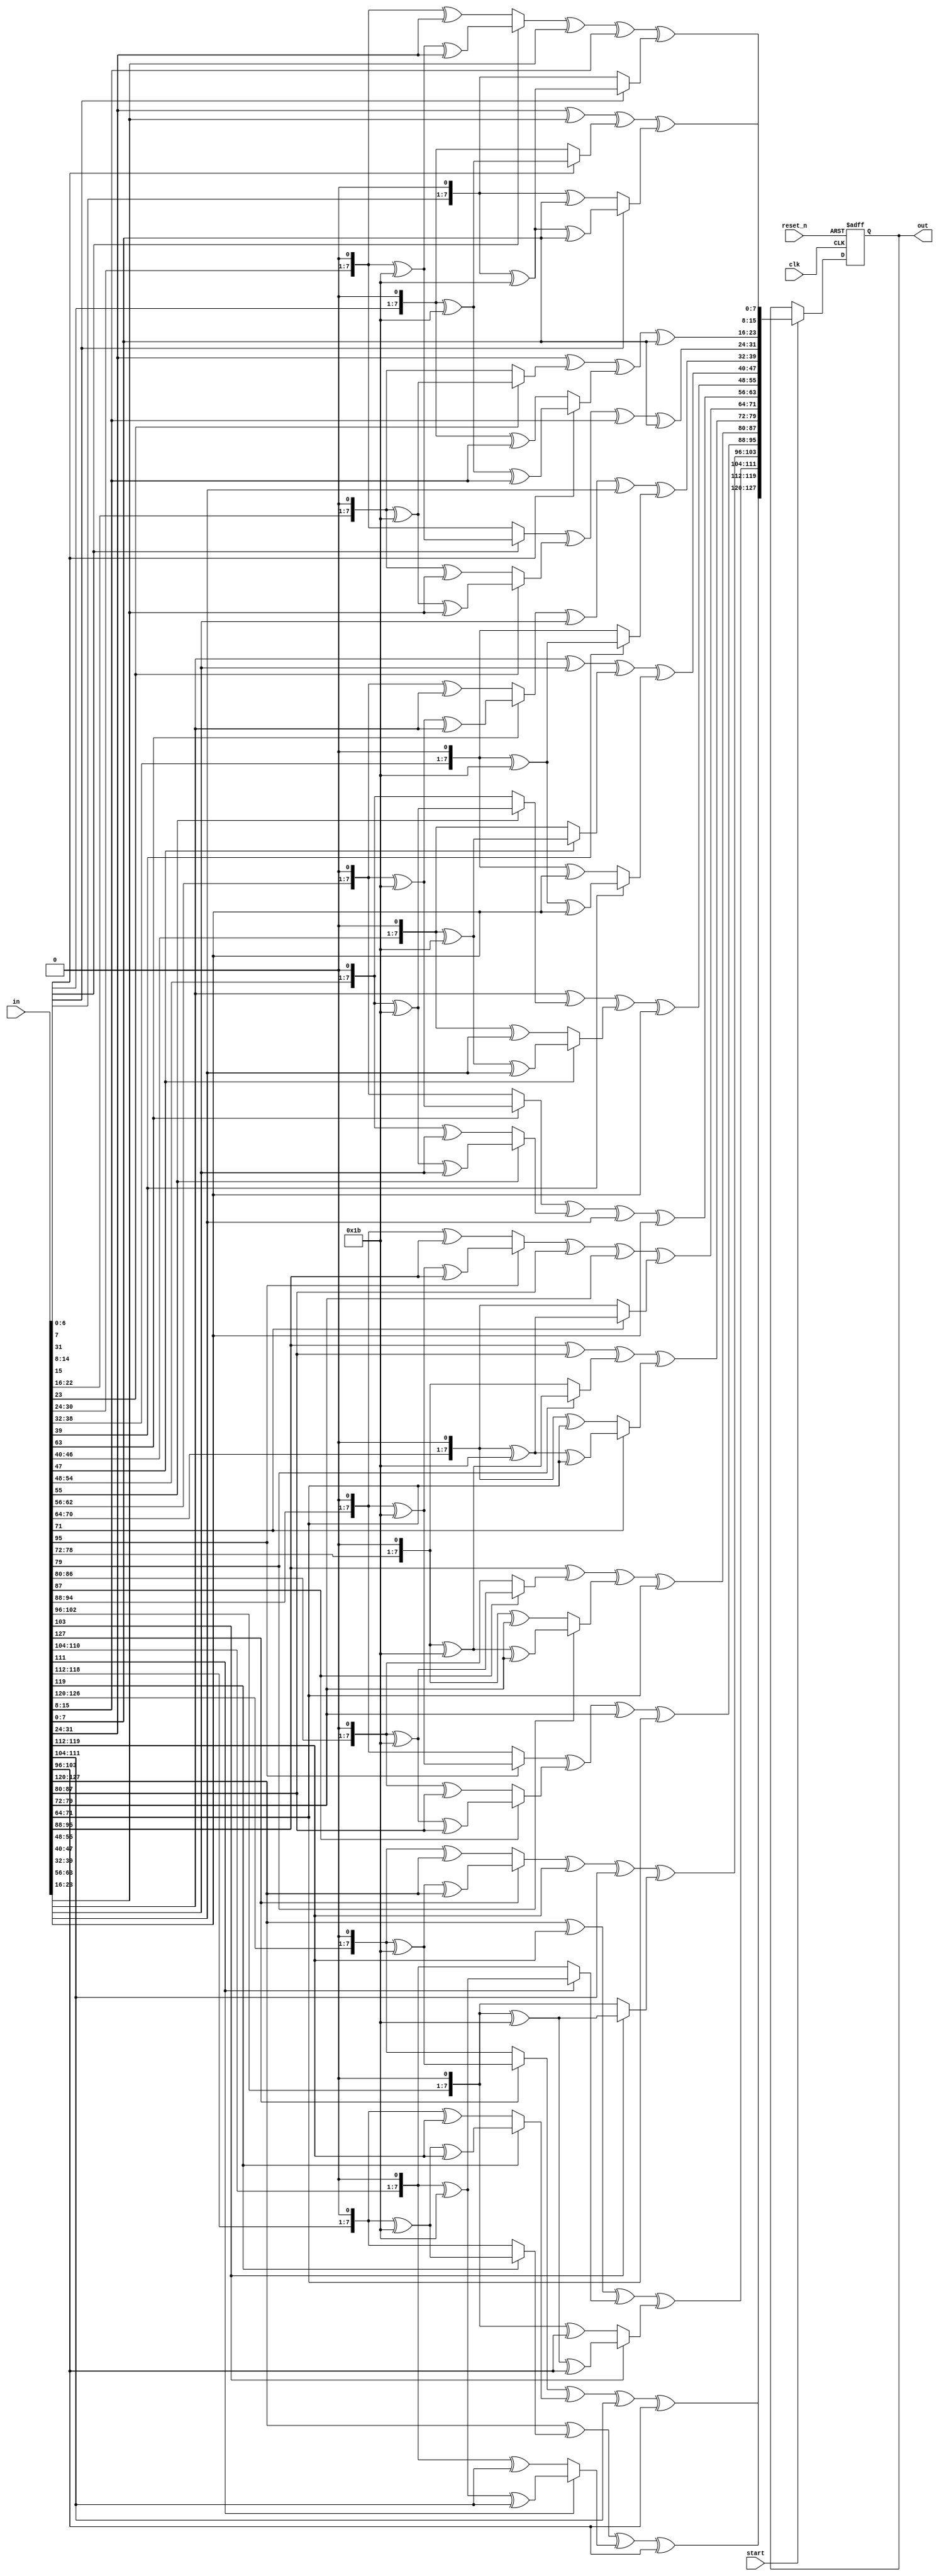
`timescale 1ns / 1ps
//////////////////////////////////////////////////////////////////////////////////
// Company: 
// Engineer: 
// 
// Design Name: 
// Module Name: mix_columns
// Project Name: 
// Target Devices: 
// Tool Versions: 
// Description: 
// 
// Dependencies: 
// 
// Revision:
// Revision 0.01 - File Created
// Additional Comments:
// 
//////////////////////////////////////////////////////////////////////////////////


module mix_columns(
    input clk, reset_n, start,
    input [127 : 0] in,
    output [127 : 0] out
    );
    
    wire [7:0] a [0:15];
    assign a[0] = in[127:120];
    assign a[1] = in[119:112];
    assign a[2] = in[111:104];
    assign a[3] = in[103:96];
    assign a[4] = in[95:88];
    assign a[5] = in[87:80];
    assign a[6] = in[79:72];
    assign a[7] = in[71:64];
    assign a[8] = in[63:56];
    assign a[9] = in[55:48];
    assign a[10] = in[47:40];
    assign a[11] = in[39:32];
    assign a[12] = in[31:24];
    assign a[13] = in[23:16];
    assign a[14] = in[15:8];
    assign a[15] = in[7:0];
    
    wire [7:0] m [0:15];
    assign m[0] = 8'h02;
    assign m[1] = 8'h01;
    assign m[2] = 8'h01;
    assign m[3] = 8'h03;
    assign m[4] = 8'h03;
    assign m[5] = 8'h02;
    assign m[6] = 8'h01;
    assign m[7] = 8'h01;
    assign m[8] = 8'h01;
    assign m[9] = 8'h03;
    assign m[10] = 8'h02;
    assign m[11] = 8'h01;
    assign m[12] = 8'h01;
    assign m[13] = 8'h01;
    assign m[14] = 8'h03;
    assign m[15] = 8'h02;
    
    function [7:0] mix_column;
        input [7:0] y,x;
        begin
        case(y)
            8'h01: mix_column = x;
            8'h02: if(x[7])
                    mix_column = (x<<1) ^ 8'h1B;
                   else
                    mix_column = (x<<1);
            8'h03: if(x[7])
                    mix_column = (x<<1) ^ 8'h1B ^ x;
                   else
                    mix_column = (x<<1) ^ x;
            default: mix_column = 8'b0;
        endcase
        end
    endfunction
    
    wire [7:0] b [0:15];
    assign b[0] = mix_column(m[0], a[0]) ^ mix_column(m[4], a[1]) ^ mix_column(m[8], a[2]) ^ mix_column(m[12], a[3]);
    assign b[1] = mix_column(m[1], a[0]) ^ mix_column(m[5], a[1]) ^ mix_column(m[9], a[2]) ^ mix_column(m[13], a[3]);
    assign b[2] = mix_column(m[2], a[0]) ^ mix_column(m[6], a[1]) ^ mix_column(m[10], a[2]) ^ mix_column(m[14], a[3]);
    assign b[3] = mix_column(m[3], a[0]) ^ mix_column(m[7], a[1]) ^ mix_column(m[11], a[2]) ^ mix_column(m[15], a[3]);
    assign b[4] = mix_column(m[0], a[4]) ^ mix_column(m[4], a[5]) ^ mix_column(m[8], a[6]) ^ mix_column(m[12], a[7]);
    assign b[5] = mix_column(m[1], a[4]) ^ mix_column(m[5], a[5]) ^ mix_column(m[9], a[6]) ^ mix_column(m[13], a[7]);
    assign b[6] = mix_column(m[2], a[4]) ^ mix_column(m[6], a[5]) ^ mix_column(m[10], a[6]) ^ mix_column(m[14], a[7]);
    assign b[7] = mix_column(m[3], a[4]) ^ mix_column(m[7], a[5]) ^ mix_column(m[11], a[6]) ^ mix_column(m[15], a[7]);
    assign b[8] = mix_column(m[0], a[8]) ^ mix_column(m[4], a[9]) ^ mix_column(m[8], a[10]) ^ mix_column(m[12], a[11]);
    assign b[9] = mix_column(m[1], a[8]) ^ mix_column(m[5], a[9]) ^ mix_column(m[9], a[10]) ^ mix_column(m[13], a[11]);
    assign b[10] = mix_column(m[2], a[8]) ^ mix_column(m[6], a[9]) ^ mix_column(m[10], a[10]) ^ mix_column(m[14], a[11]);
    assign b[11] = mix_column(m[3], a[8]) ^ mix_column(m[7], a[9]) ^ mix_column(m[11], a[10]) ^ mix_column(m[15], a[11]);
    assign b[12] = mix_column(m[0], a[12]) ^ mix_column(m[4], a[13]) ^ mix_column(m[8], a[14]) ^ mix_column(m[12], a[15]);
    assign b[13] = mix_column(m[1], a[12]) ^ mix_column(m[5], a[13]) ^ mix_column(m[9], a[14]) ^ mix_column(m[13], a[15]);
    assign b[14] = mix_column(m[2], a[12]) ^ mix_column(m[6], a[13]) ^ mix_column(m[10], a[14]) ^ mix_column(m[14], a[15]);
    assign b[15] = mix_column(m[3], a[12]) ^ mix_column(m[7], a[13]) ^ mix_column(m[11], a[14]) ^ mix_column(m[15], a[15]);
    
    reg [127 : 0] Q_reg, Q_next;
    always@(posedge clk, negedge reset_n)begin
        if(~reset_n) begin
            Q_reg <= 128'b0;
        end
        else begin
            Q_reg <= Q_next;
        end
    end
    
    always@(*)begin
        Q_next = Q_reg;
        if(~start)begin
            Q_next = Q_reg;
        end
        else begin
            Q_next = {b[0], b[1], b[2], b[3], b[4], b[5], b[6], b[7], b[8], b[9], b[10], b[11], b[12], b[13], b[14], b[15]};
        end
    end
    
    assign out = Q_reg;
endmodule